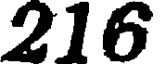
216